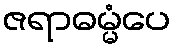
ဇရာဓမ္မံပေ